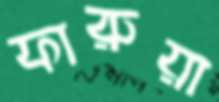
ফারুয়া